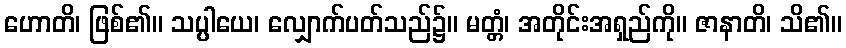
ဟောတိ၊ ဖြစ်၏။ သပ္ပါယေ၊ လျှောက်ပတ်သည်၌။ မတ္တံ၊ အတိုင်းအရှည်ကို။ ဇာနာတိ၊ သိ၏။